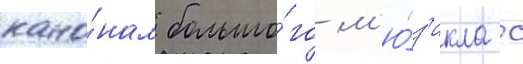
кано́нам большо́го м'ю́з'икла с